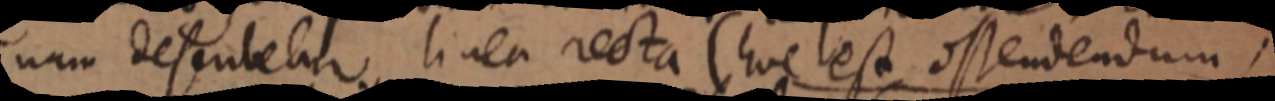
nam desubetur linea recta (hoc est ostendendum)